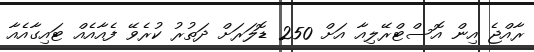
ރާއްޖެ އިން އޮސްޓްރޭލިއާ އަށް 250 ޑޮލަރަށް ދަތުރު ކުރެވޭ ފެއާއެއް ޓައިގާއެއާ